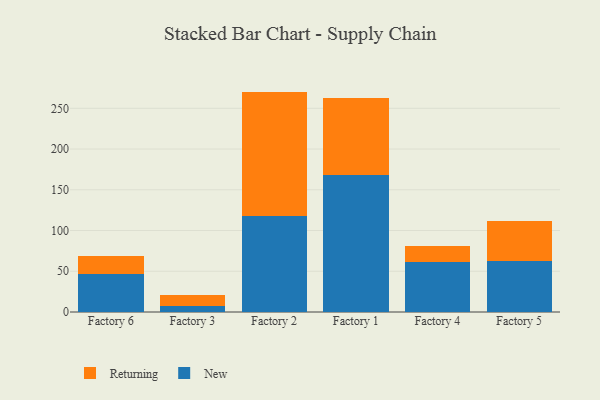
{"axis": {"x": "Factory", "y": "LTV (USD)"}, "legend": ["New", "Returning"], "data": [{"x": "Factory 6", "y": 47.2, "type": "New"}, {"x": "Factory 6", "y": 21.0, "type": "Returning"}, {"x": "Factory 3", "y": 7.9, "type": "New"}, {"x": "Factory 3", "y": 13.4, "type": "Returning"}, {"x": "Factory 2", "y": 117.3, "type": "New"}, {"x": "Factory 2", "y": 153.2, "type": "Returning"}, {"x": "Factory 1", "y": 167.8, "type": "New"}, {"x": "Factory 1", "y": 94.3, "type": "Returning"}, {"x": "Factory 4", "y": 61.3, "type": "New"}, {"x": "Factory 4", "y": 19.1, "type": "Returning"}, {"x": "Factory 5", "y": 62.2, "type": "New"}, {"x": "Factory 5", "y": 49.1, "type": "Returning"}]}